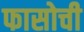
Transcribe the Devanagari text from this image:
फासोची